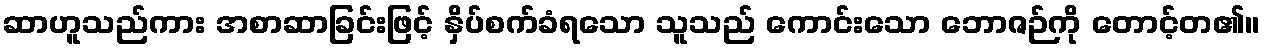
ဆာဟူသည်ကား အစာဆာခြင်းဖြင့် နှိပ်စက်ခံရသော သူသည် ကောင်းသော ဘောဇဉ်ကို တောင့်တ၏။